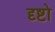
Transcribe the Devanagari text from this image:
दृष्टो